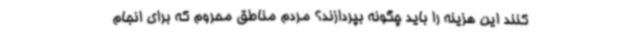
کنند این هزینه را باید چگونه بپردازند؟ مردم مناطق محروم که برای انجام